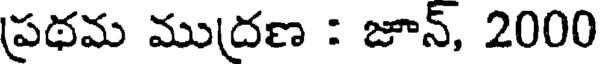
ప్రథమ ముద్రణ : జూన్, 2000